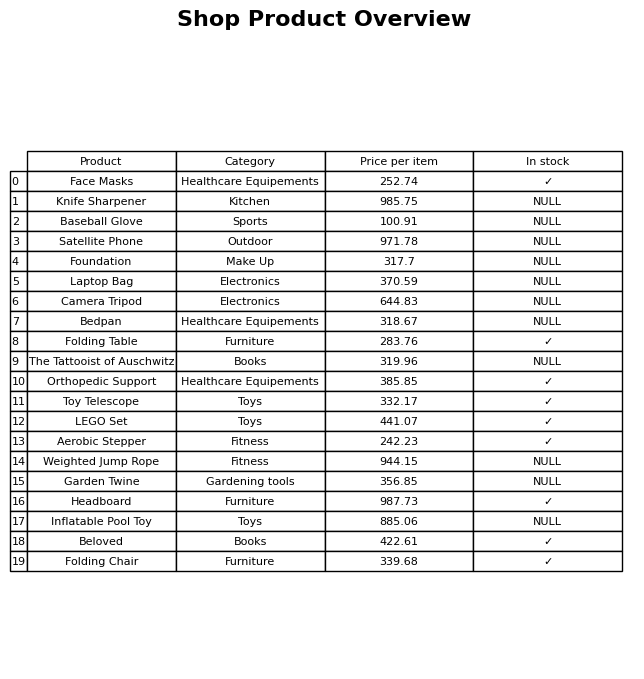
question: What is the price for The Tattooist of Auschwitz?
answer: The price of The Tattooist of Auschwitz is 319.96.